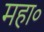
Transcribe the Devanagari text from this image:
महा०